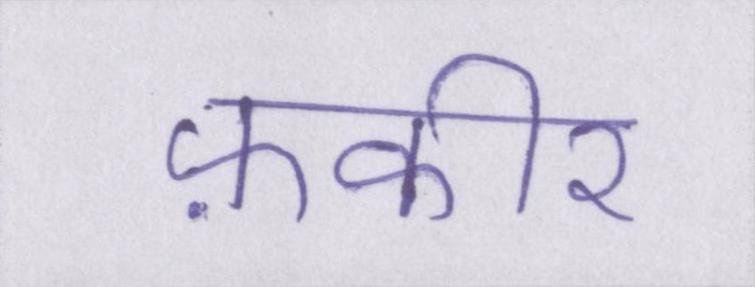
फ़कीर